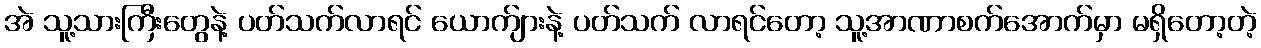
အဲ သူ့သားကြီးတွေနဲ့ ပတ်သက်လာရင် ယောက်ျားနဲ့ ပတ်သက် လာရင်တော့ သူ့အာဏာစက်အောက်မှာ မရှိတော့တဲ့